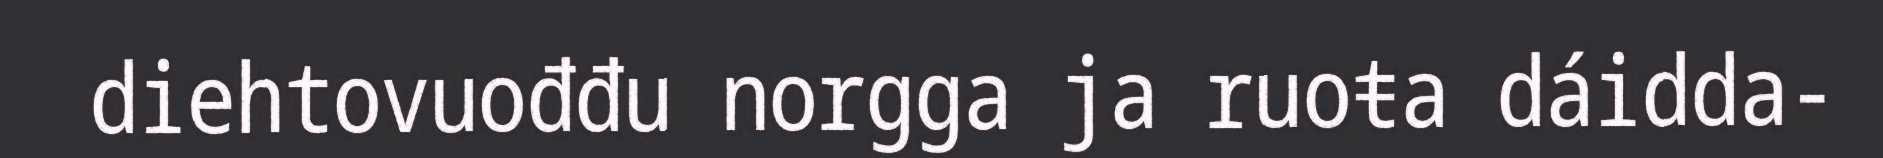
diehtovuođđu norgga ja ruoŧa dáidda-